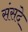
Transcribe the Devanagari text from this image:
संसदे